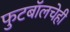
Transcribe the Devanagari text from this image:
फुटबॉलचेही